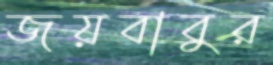
জয়বাবুর